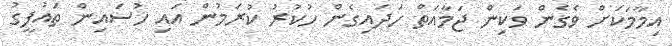
އިމާމަކަށް ވެގެން ވަކިން ޖަމާއަތް ހަދައިގެން ހުކުރު ކުރަމުން އައި ހުސައިން ތައުފީގު